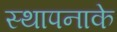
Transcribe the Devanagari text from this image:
स्थापनाके